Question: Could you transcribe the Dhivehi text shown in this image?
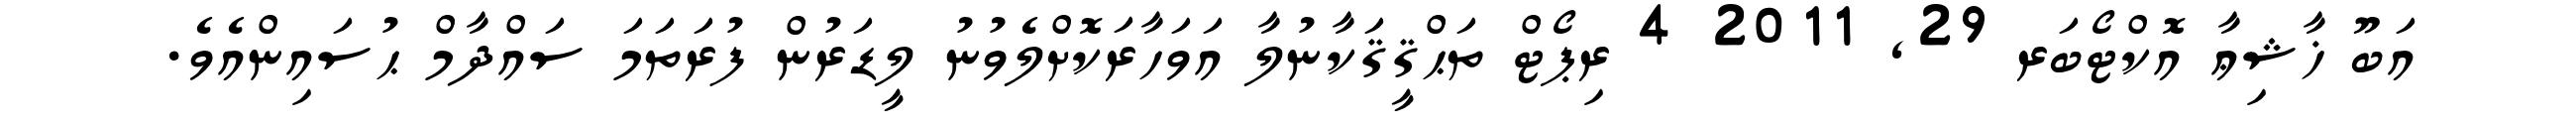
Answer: އަބޫ ޚާޝިޢާ އޮކްޓޯބަރ 29, 2011 4 ރިޕޯޓް ތަޙްޤީޤަކާނުލާ އަވަހާރަކޮށްލެވުނު ލީޑަރުން ފުރަތަމަ ސައްދާމް ޙުސައިންއެވެ.